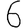
Digit: 6